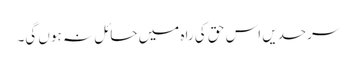
سرحدیں اس حق کی راہ میں حائل نہ ہوں گی۔